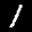
Label: 1